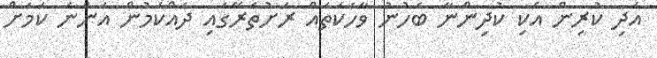
އަދި ކުރިން އެކި ކުދިންނާ ބެހުނު ވާހަކަތައް ރަށުތެރޭގައި ދައްކަމުން އަންނަ ކަމަށް